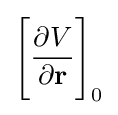
{\Bigg [}{\partial {V} \over {\partial {\mathbf {r} }}}{\Bigg ]}_{0}